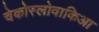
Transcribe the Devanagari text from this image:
चेकोस्लोवाकिआ